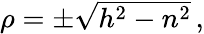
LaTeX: \textstyle\rho=\pm{\sqrt{h^{2}-n^{2}}}\, ,